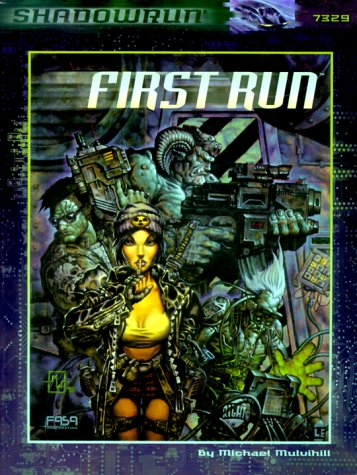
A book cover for First Run (Shadowrun RPG, FAS7329); FASA Corporation; Science Fiction & Fantasy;